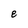
Character: 8